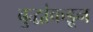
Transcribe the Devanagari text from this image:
बुद्धांकडून